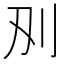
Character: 𭃅